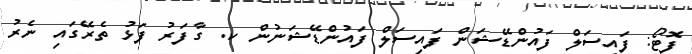
ފޮޓޯ: ފައިސަލް ފައުންޑޭޝަން ފައިސަލް ފައުންޑޭޝަނުން ކ. ގާފަރު ފަޅު ތެރޭގައި ނެރު